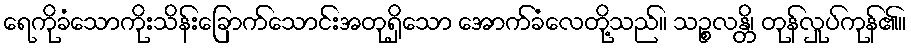
ရေကိုခံသောကိုးသိန်းခြောက်သောင်းအတုရှိသော အောက်ခံလေတို့သည်။ သဉ္စလန္တိ၊ တုန်လှုပ်ကုန်၏။